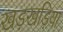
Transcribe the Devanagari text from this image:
खड़खड़िया